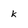
Character: k